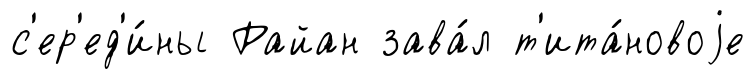
с'ер'ед'и́ны Райан зава́л т'ита́новоjе